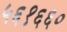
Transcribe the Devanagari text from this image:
५६१६६०